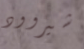
شيروود